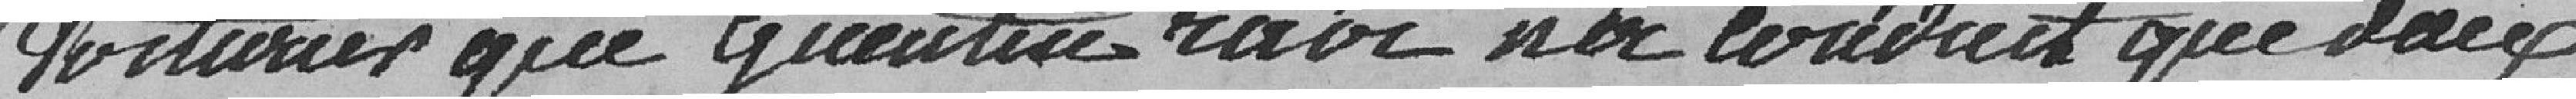
voiturier que Guentin ravi n'a conduit que deux